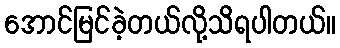
အောင်မြင်ခဲ့တယ်လို့သိရပါတယ်။